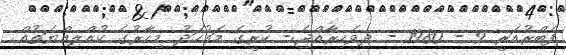
ފެބްރުއަރީ 9 - 1980 - ދިވެހިރާއްޖެ:- ކުރީގެ މައުހަދު މިހާރުގެ ކުއްލިއްޔަތުއް